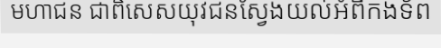
មហាជន ជាពិសេសយុវជនស្វែងយល់អំពីកងទ័ព